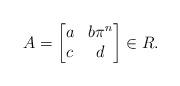
LaTeX: \begin{align*} A = \begin{bmatrix} a & b\pi^n \\ c & d \end{bmatrix} \in R. \end{align*}